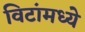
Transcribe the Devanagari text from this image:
विटांमध्ये